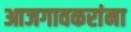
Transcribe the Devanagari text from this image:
आजगावकरांना